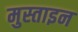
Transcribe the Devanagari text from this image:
मुस्ताइन